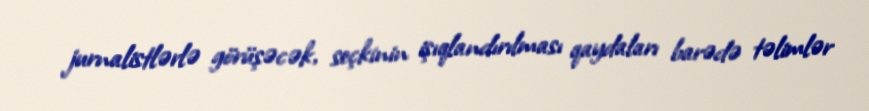
jurnalistlərlə görüşəcək, seçkinin işıqlandırılması qaydaları barədə təlimlər